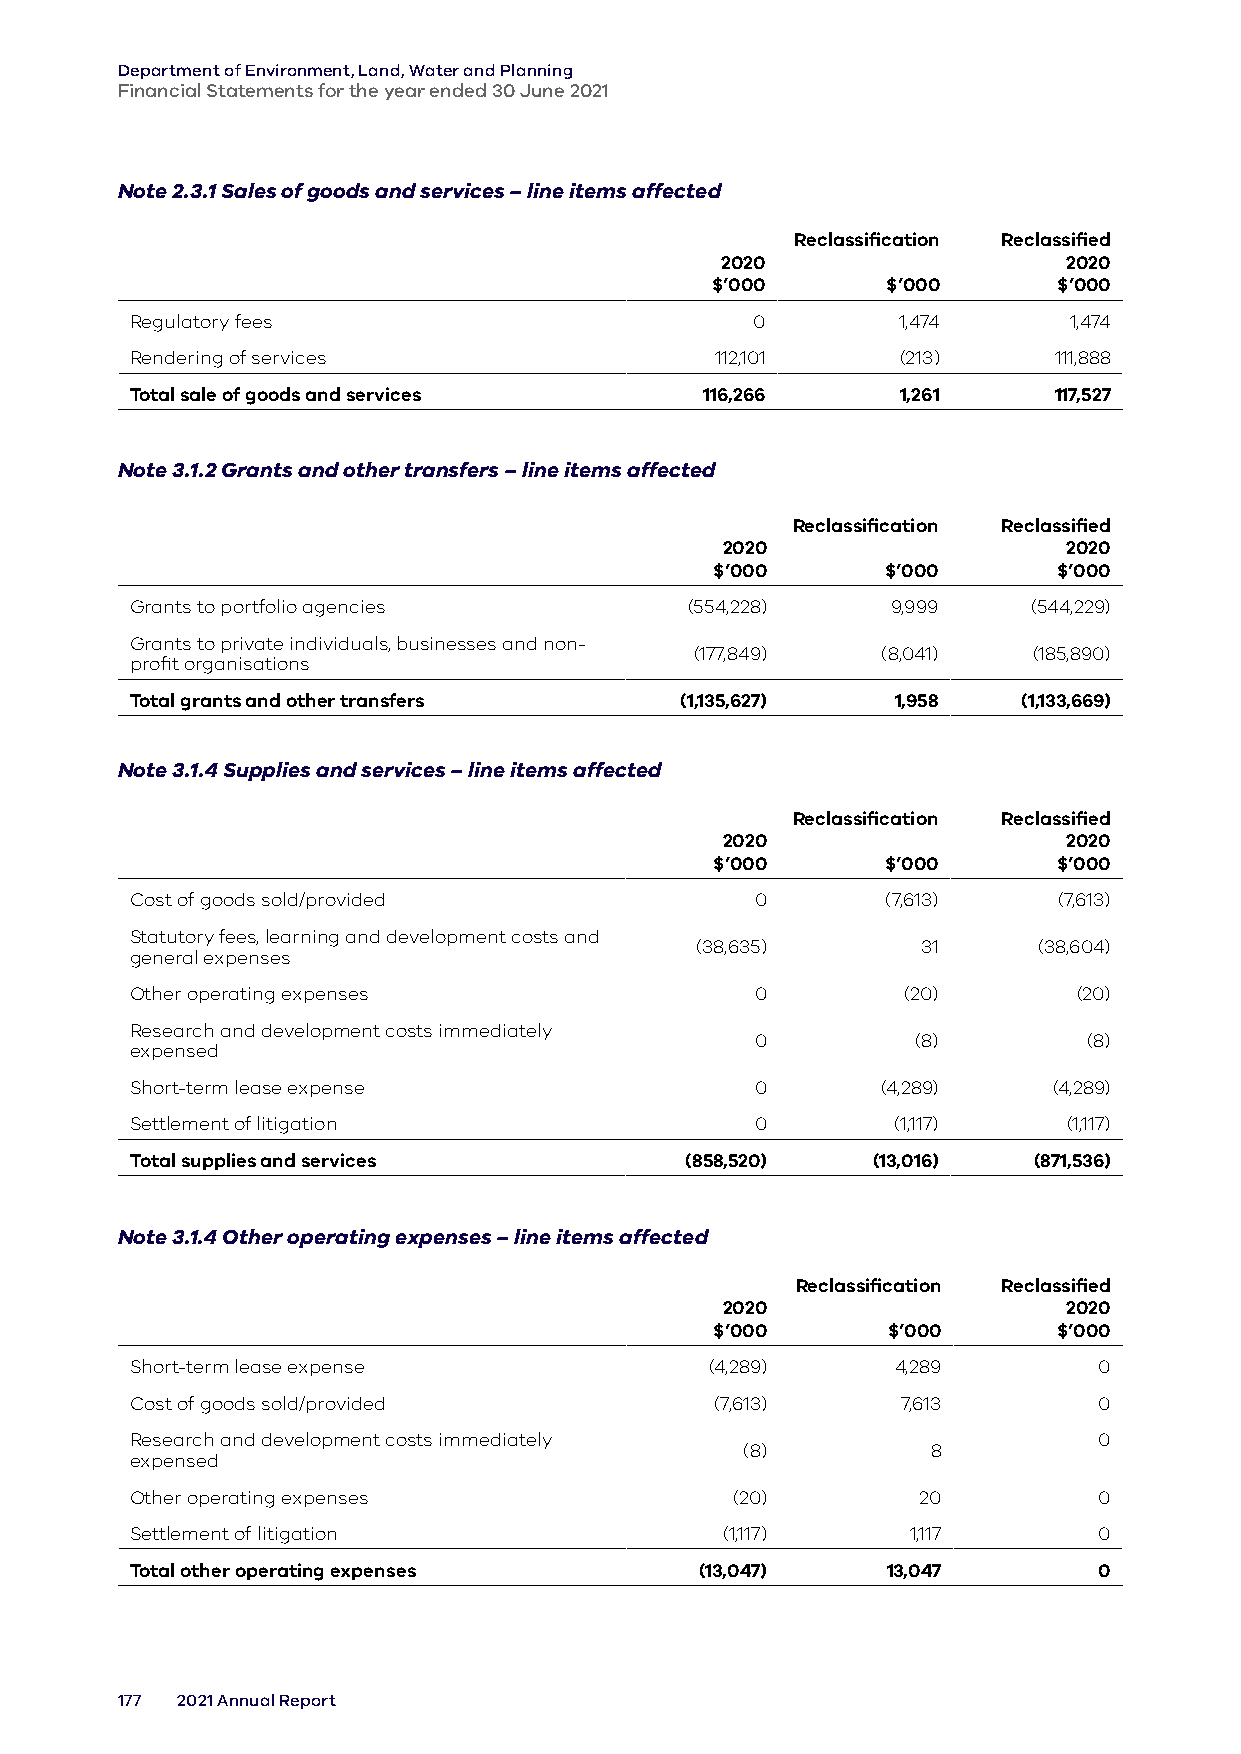
Department of Environment, Land, Water and Planning
 Financial Statements for the year ended 30 June 2021
 Note 2.3.1 Sales of goods and services – line items affected
 Reclassification Reclassified
 2020                   2020
 $’000       $’000      $’000
 Regulatory fees                          0        1,474       1,474
 Rendering of services                 112,101      (213)     111,888
 Total sale of goods and services      116,266      1,261     117,527
 Note 3.1.2 Grants and other transfers – line items affected
 Reclassification Reclassified
 2020                   2020
 $’000       $’000      $’000
 Grants to portfolio agencies         (554,228)    9,999    (544,229)
 Grants to private individuals, businesses and non-
 (177,849)   (8,041)   (185,890)
 profit organisations
 Total grants and other transfers    (1,135,627)   1,958    (1,133,669)
 Note 3.1.4 Supplies and services – line items affected
 Reclassification Reclassified
 2020                   2020
 $’000       $’000      $’000
 Cost of goods sold/provided              0        (7,613)    (7,613)
 Statutory fees, learning and development costs and
 (38,635)       31      (38,604)
 general expenses
 Other operating expenses                 0         (20)       (20)
 Research and development costs immediately
 0          (8)        (8)
 expensed
 Short-term lease expense                 0       (4,289)     (4,289)
 Settlement of litigation                 0        (1,117)     (1,117)
 Total supplies and services         (858,520)    (13,016)  (871,536)
 Note 3.1.4 Other operating expenses – line items affected
 Reclassification Reclassified
 2020                   2020
 $’000       $’000      $’000
 Short-term lease expense              (4,289)     4,289         0
 Cost of goods sold/provided           (7,613)      7,613        0
 Research and development costs immediately                      0
 (8)          8
 expensed
 Other operating expenses                (20)        20          0
 Settlement of litigation               (1,117)     1,117        0
 Total other operating expenses       (13,047)     13,047        0
 177 2021 Annual Report